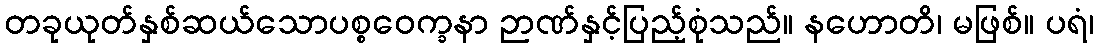
တခုယုတ်နှစ်ဆယ်သောပစ္စဝေက္ခနာ ဉာဏ်နှင့်ပြည့်စုံသည်။ နဟောတိ၊ မဖြစ်။ ပရံ၊